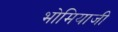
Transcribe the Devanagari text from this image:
भोमियाजी